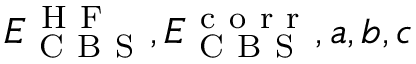
E _ { \mathrm { ~ C ~ B ~ S ~ } } ^ { \mathrm { ~ H ~ F ~ } } , E _ { \mathrm { ~ C ~ B ~ S ~ } } ^ { \mathrm { ~ c ~ o ~ r ~ r ~ } } , a , b , c